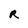
Character: R